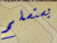
يستسلم